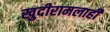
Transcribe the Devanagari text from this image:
खुदीरामलाही